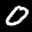
Label: 0